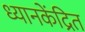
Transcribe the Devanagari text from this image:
ध्यानकेंद्रित